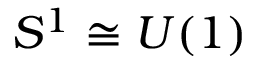
S ^ { 1 } \cong U ( 1 )